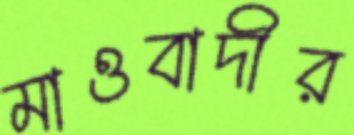
মাওবাদীর